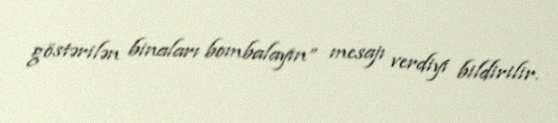
göstərilən binaları bombalayın” mesajı verdiyi bildirilir.